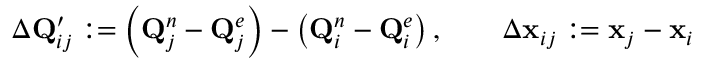
\Delta \mathbf { Q } _ { i j } ^ { \prime } : = \left( \mathbf { Q } _ { j } ^ { n } - \mathbf { Q } _ { j } ^ { e } \right) - \left( \mathbf { Q } _ { i } ^ { n } - \mathbf { Q } _ { i } ^ { e } \right) , \qquad \Delta \mathbf { x } _ { i j } : = \mathbf { x } _ { j } - \mathbf { x } _ { i }